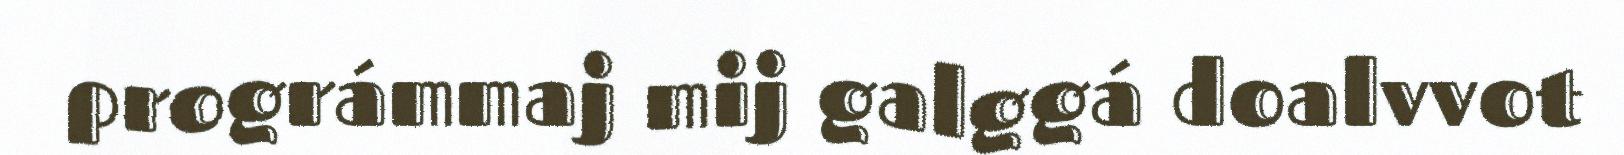
prográmmaj mij galggá doalvvot